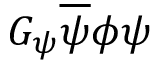
G _ { \psi } { \overline { { \psi } } } \phi \psi